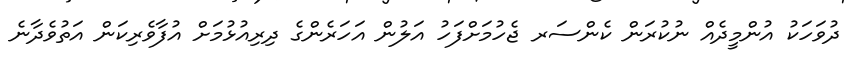
ދުވަހަކު އުންމީދެއް ނުކުރަން ކެންސަރ ޖެހުމަށްފަހު އަލުން އަހަރެންގެ ދިރިއުޅުމަށް އުފާވެރިކަން އަތުވެދާނެ